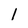
Character: l